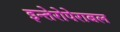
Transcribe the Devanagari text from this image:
इन्तेरोपेराबल